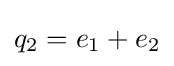
q_{2}=e_{1}+e_{2}